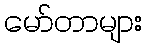
မော်တာများ